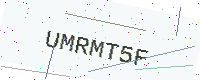
Text: UMRMT5F